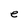
Character: e